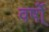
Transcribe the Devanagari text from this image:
वर्षो्ं